Civil Veterinary Department Bengal reports 1933-51 - 1933-1951
Year: 1933
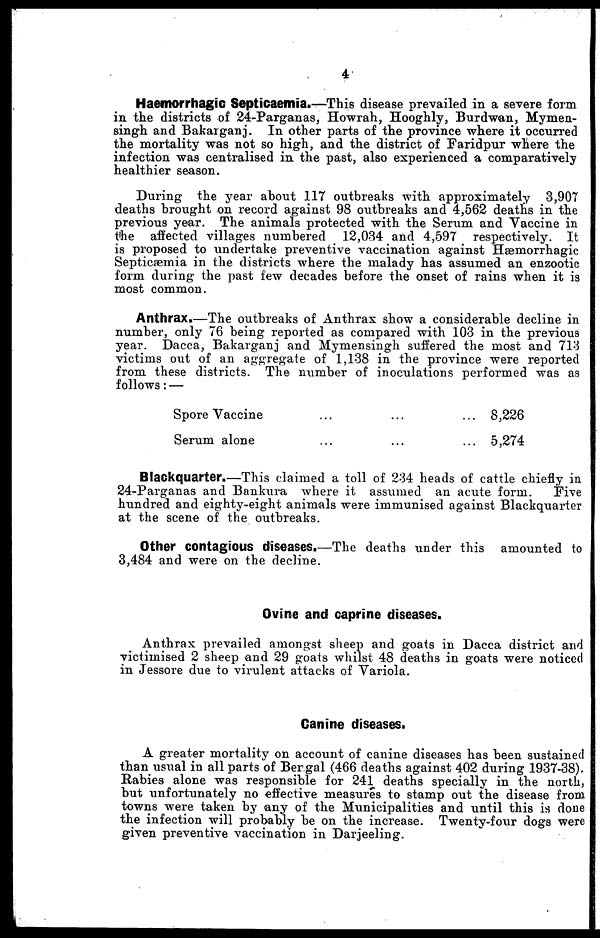
4
Haemorrhagio Septicaemia.-—This disease prevailed in a severe form
in the districts of 24-Parganas, Howrah, Hooghly, Burdwan, Mymen-
singh and Bakarganj. In other parts of the province where it occurred
the mortality was not so high, and the district of Faridpur where the
infection was centralised in the past, also experienced a comparatively
healthier season.
During the year about 117 outbreaks with approximately 3,907
deaths brought on record against 98 outbreaks and 4,562 deaths in the
previous year. The animals protected with the Serum and Vaccine in
the affected villages numbered 12,034 and 4,597 respectively. It
is proposed to undertake preventive vaccination against Hæmorrhagic
Septicæmia in the districts where the malady has assumed an enzootic
form during the past few decades before the onset of rains when it is
most common.
Anthrax.—The outbreaks of Anthrax show a considerable decline in
number, only 76 being reported as compared with 103 in the previous
year. Dacca, Bakarganj and Mymensingh suffered the most and 713
victims out of an aggregate of 1,138 in the province were reported
from these districts. The number of inoculations performed was as
follows: —
Spore Vaccine ... ... ...
Serum alone ... ... ...
8,226
5,274
Blackquarter.—This claimed a toll of 234 heads of cattle chiefly in
24-Parganas and Bankura where it assumed an acute form.
Five
hundred and eighty-eight animals were immunised against Blackquarter
at the scene of the outbreaks.
Other contagious diseases.—The deaths under this amounted to
3,484 and were on the decline.
Ovine and caprine diseases.
Anthrax prevailed amongst sheep and goats in Dacca district and
victimised 2 sheep and 29 goats whilst 48 deaths in goats were noticed
in Jessore due to virulent attacks of Variola.
Canine diseases.
A greater mortality on account of canine diseases has been sustained
than usual in all parts of Bengal (466 deaths against 402 during 1937-38).
Rabies alone was responsible for 241 deaths specially in the north,
but unfortunately no effective measures to stamp out the disease from
towns were taken by any of the Municipalities and until this is done
the infection will probably be on the increase. Twenty-four dogs were
given preventive vaccination in Darjeeling.